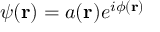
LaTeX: \psi ( \mathbf { r } ) = a ( \mathbf { r } ) e ^ { i \phi ( \mathbf { r } ) }